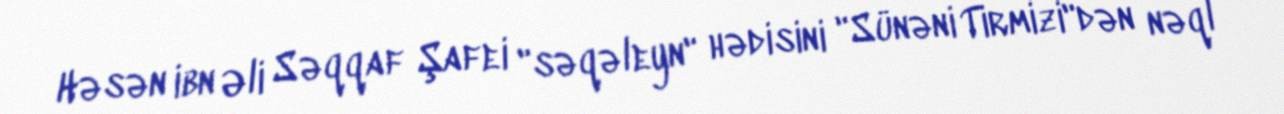
Həsən ibn Əli Səqqaf Şafei "səqəleyn" hədisini "Sünəni Tirmizi"dən nəql